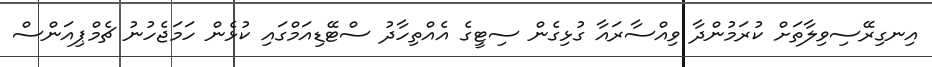
އިނގިރޭސިވިލާތަށް ކުރަމުންދާ ވިއްސާރައާ ގުޅިގެން ސިޓީގެ އެއްތިހާދު ސްޓޭޑިއަމްގައި ކުޅެން ހަމަޖެހުނު ޗެމްޕިއަންސް